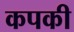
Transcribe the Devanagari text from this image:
कपकी